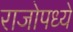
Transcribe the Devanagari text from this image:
राजोपध्ये